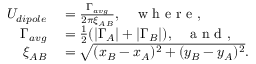
\begin{array} { r l } { U _ { d i p o l e } } & { { } = \frac { \Gamma _ { a v g } } { 2 \pi \xi _ { A B } } , \; \; \; \mathrm { ~ w ~ h ~ e ~ r ~ e ~ , ~ } } \\ { \Gamma _ { a v g } } & { { } = \frac { 1 } { 2 } ( | \Gamma _ { A } | + | \Gamma _ { B } | ) , \; \; \; \mathrm { ~ a ~ n ~ d ~ , ~ } } \\ { \xi _ { A B } } & { { } = \sqrt { ( x _ { B } - x _ { A } ) ^ { 2 } + ( y _ { B } - y _ { A } ) ^ { 2 } } . } \end{array}